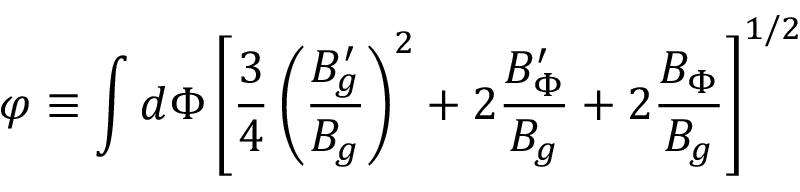
\varphi \equiv \int d \Phi \left[ { \frac { 3 } { 4 } } \left( { \frac { B _ { g } ^ { \prime } } { B _ { g } } } \right) ^ { 2 } + 2 { \frac { B _ { \Phi } ^ { \prime } } { B _ { g } } } + 2 { \frac { B _ { \Phi } } { B _ { g } } } \right] ^ { 1 / 2 }